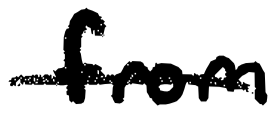
Text: from
Cross-out: single-line
Writing tool: digital_black